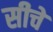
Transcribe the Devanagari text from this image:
सीचें